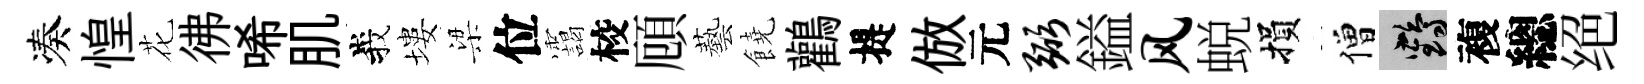
凑惶花彿唏肌峩塿梁位靄校頋藝饒鸛提倣元弼鎰风蜕損僧鶴複總绝